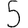
Digit: 5